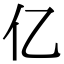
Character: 亿